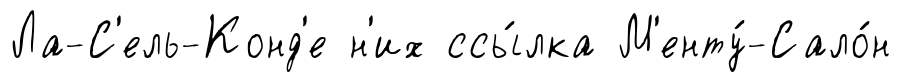
Ла-С'ель-Конд'е н'их ссы́лка М'енту́-Сало́н